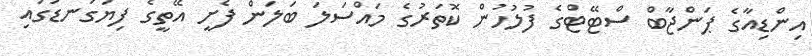
އިންޑިއާގެ ޕަންޖާބް ސްޓޭޓްގެ ފުލުހުން ކޮތަރުގެ މައްސަލަ ބަލަން ފެށީ އޭތީގެ ފިޔަގަނޑުގައި